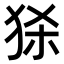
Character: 𤞠